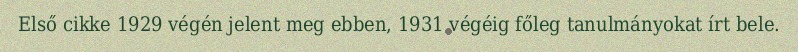
Első cikke 1929 végén jelent meg ebben, 1931 végéig főleg tanulmányokat írt bele.